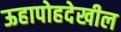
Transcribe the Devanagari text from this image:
ऊहापोहदेखील